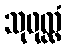
သုဖုလ္လံ